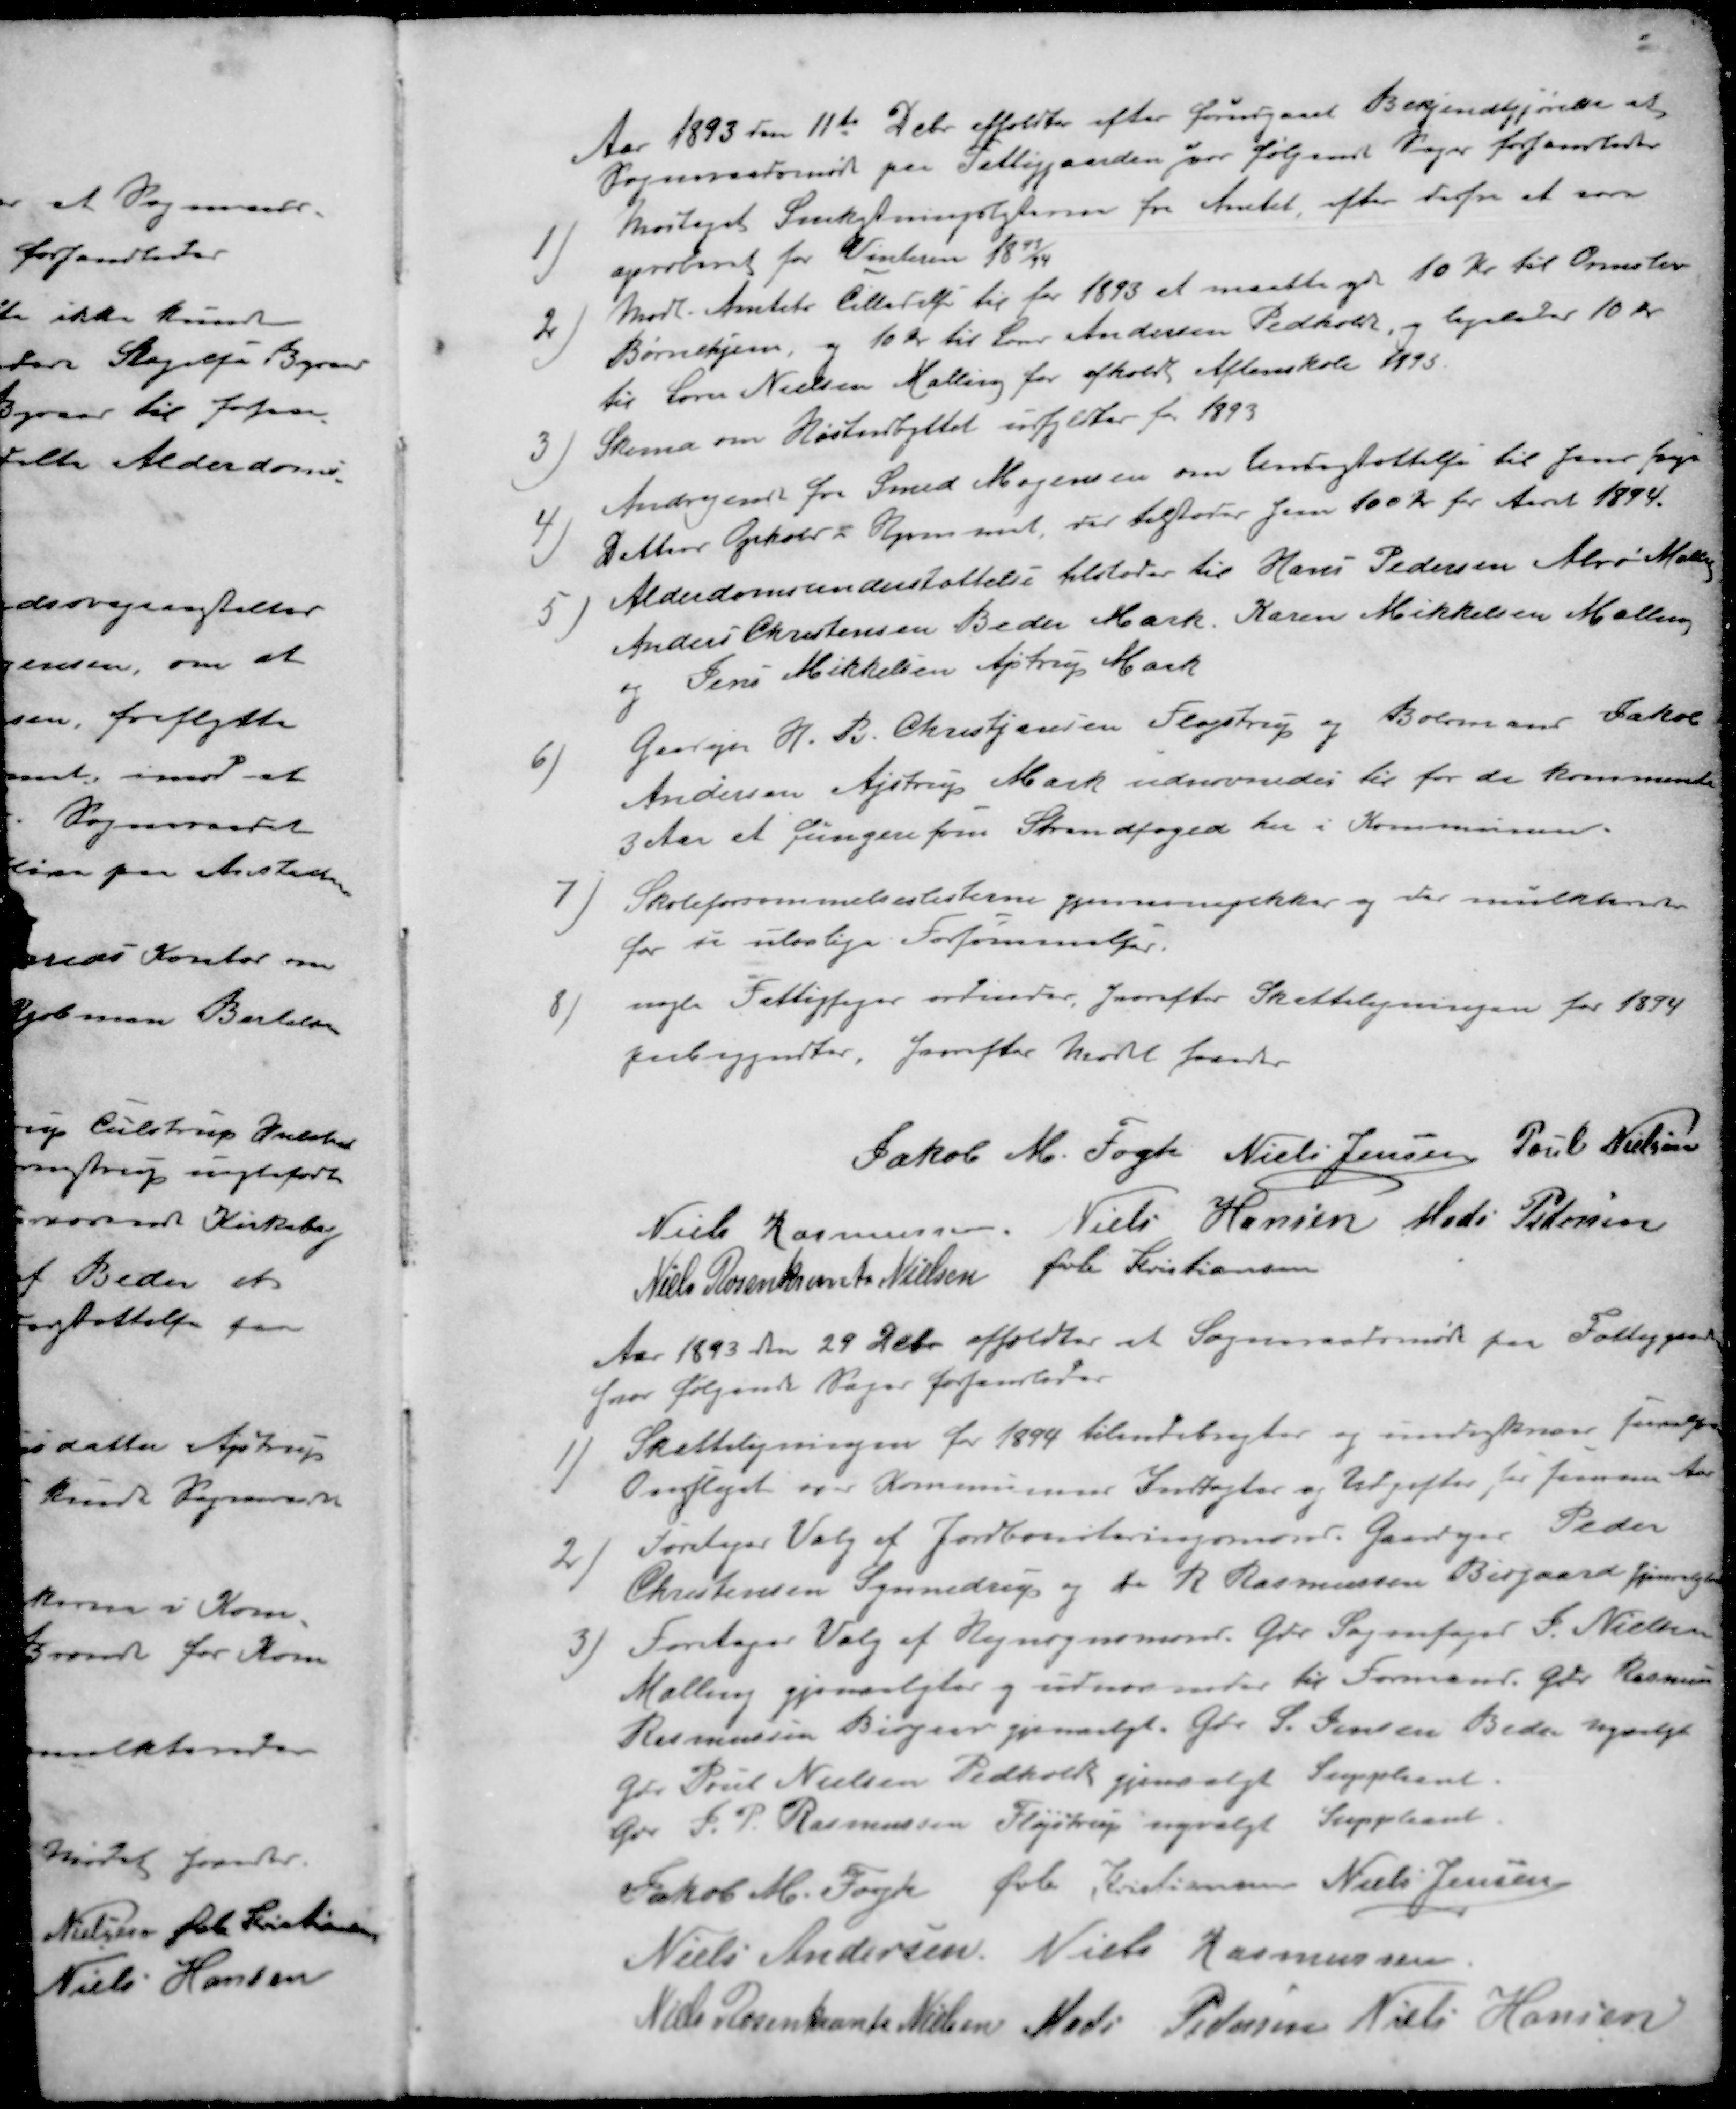
Transskription:
Aar 1893 den 11te Debr afholdtes efter forudgaaet Bekjendtgjørelse et
Sogneraadsmøde paa Fattiggaarden hvor følgende Sager forhandledes
1 ) Modtaget Snekastningsloven fra Amtet, efter derfra at som
aproberet for Vinteren 1893/94
2 ) Modt. Amtets Tilladelse til for 1893 et maatte yde 10 Kr. til Ormslev
Børnehjem, og 10 kr. til Lærer Andersen Pedholdt, og ligeledes 10 Kr.
til Søren Nielsen Malling for afholdt Aftenskole 1893.
3 ) Skema om Høstudbyttet udfyldtes for 1893
4 )Andragende fra Smed Mogensen om Undestøttelse til hans syge
Datters Ophold i Hjemmet, der tilstodes ham 100 Kr for Aaret 1894.
5 ) Alderdomsunderstøttelse tilstodes til Hans Pedersen Alrø Malling
Anders Christensen Beder Mark. Karen Mikkelsen Malling
og Jens Mikkelsen Ajstrup Mark
6 )Gardejer H. B. Christjansen, Fløjstrup og Bolsmand Jakob
Andersen Ajstrup Mark udnævnedes til for de kommende
3 Aar et fungere som Strandfoged her i Kommunen.
7 ) Skoleforsømmelseslisterne gjennemgikker og der mulkteredes
for de ulovlige Forsømmelser.
8 ) nogle Fattigsager ordnedes, hvorefter Skatteligningen for 1894
paabegyndter, hvorefter Mødet hævedes
Jakob M. Fogh
Niels Jensen
Poul Nielsen
Niels Rasmussen
Niels Hansen
Mads Pedersen
Niels Rosenkrants Nielsen
Øvli Kristiansen
Aar 1893 den 29 Debr afholdtes at Sogneraadsmøde fra Fattiggaarden
hvor følgende Sager forhandledes
1 )Skatteligningen for 1894 tilendebragtes og indtægterne 
Overslaget over Kommunens Indtægter og Udgifter for  Aar
2) Foretager Valg af Jordboniteringsmænd Gaardejer Peder
Christensen Synnedrup og do R Rasmussen Bisgaard gjenvalgtes
3) Foretager Valg af Hegnsynsmand Gdr. Sognefoged P. Nielsen
Malling gjenvalgtes og udnævntes til Formand Gdr. Rasmus
Rasmussen Bisgaar gjenvalgt Gdr. S. Jensen Beder nyvalgt
Gdr Poul Nielsen Pedhold gjenvalgt Suppleant.
Gdr. S. P. Rasmussen Fløjstrup nyvalgt Suppleant
Jakob M. Fogh
Øvli Kristiansen
Niels Jensen
Niels Andersen
Niels Rasmussen
Niels Rosenkrants Nielsen
Mads Pedersen
Niels Hansen